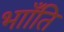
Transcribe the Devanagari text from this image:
भााँति